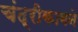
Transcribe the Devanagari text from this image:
चंद्रीकाबने